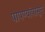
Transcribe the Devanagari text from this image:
पापण्यांपासून